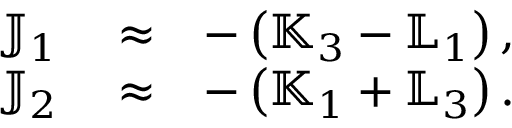
\begin{array} { r l r } { { \mathbb J } _ { 1 } } & { { } \approx } & { - \left( { \mathbb K } _ { 3 } - { \mathbb L } _ { 1 } \right) , } \\ { { \mathbb J } _ { 2 } } & { { } \approx } & { - \left( { \mathbb K } _ { 1 } + { \mathbb L } _ { 3 } \right) . } \end{array}